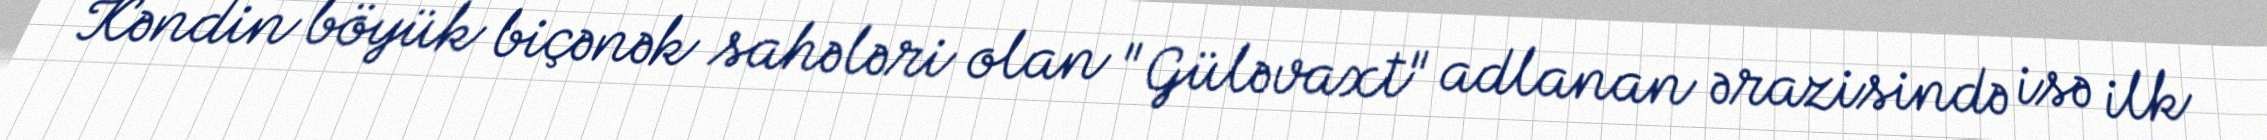
Kəndin böyük biçənək sahələri olan "Güləvaxt" adlanan ərazisində isə ilk